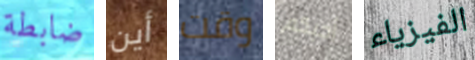
ضابطة أين وقت أحبكم الفيزياء